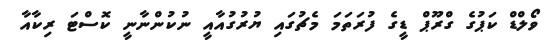
ވޯލްޑް ކަޕުގެ ގްރޫޕް ޑީގެ ފުރަތަމަ މެޗުގައި ޔުރުގުއާއީ ނުކުންނާނީ ކޮސްޓަ ރިކާއާ